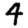
Digit: 4